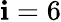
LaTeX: \mathbf{i}=6